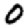
Digit: 0